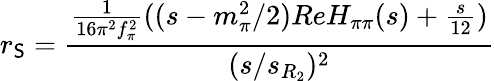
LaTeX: r_{\mathsf{S}}=\frac{{{\frac{{1}}{{16\pi^{2}f_{\pi}^{2}}}}((s-m_{\pi}^{2}/2)ReH_{\pi\pi}(s)+{\frac{{s}}{{12}}})}}{{(s/s_{R_{2}})^{2}}}